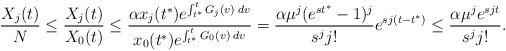
LaTeX: \begin{align*}\frac{X_j(t)}{N} \leq \frac{X_j(t)}{X_0(t)} \leq \frac{\alpha x_j(t^*) e^{\int_{t^*}^t G_j(v) \: dv}}{x_0(t^*) e^{\int_{t^*}^t G_0(v) \: dv}} = \frac{\alpha \mu^j (e^{st^*} - 1)^j}{s^j j!} e^{sj(t - t^*)} \leq \frac{\alpha \mu^j e^{sjt}}{s^j j!}.\end{align*}